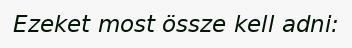
Ezeket most össze kell adni: